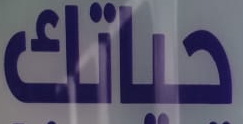
حياتك